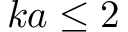
k a \le 2